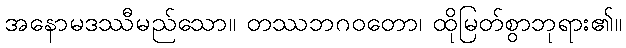
အနောမဒဿီမည်သော။ တဿဘဂဝတော၊ ထိုမြတ်စွာဘုရား၏။